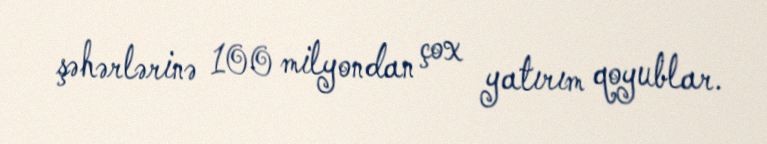
şəhərlərinə 100 milyondan çox yatırım qoyublar.